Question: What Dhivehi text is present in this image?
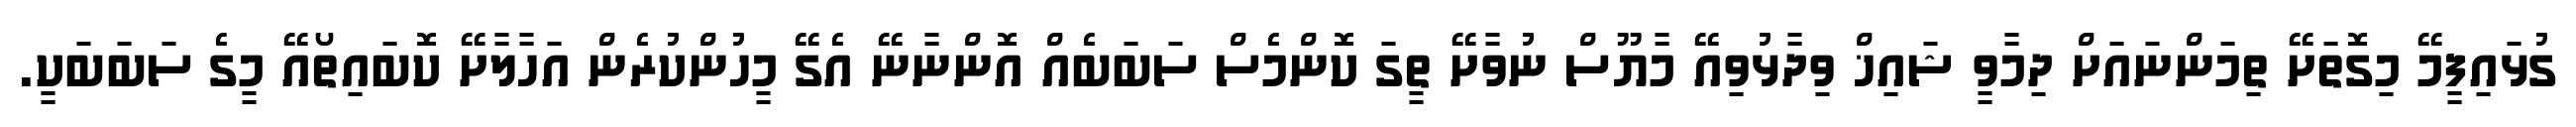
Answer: ގުޅައިފީމޭ މިގޮތަށޭ ތިމަންނައަށް ދިމާވީ ޝައިޚް ވިދާޅުވިއޭ މާޔޫސް ނުވާށޭ ތީގަ ކޮންމެސް ސަބަބެއް އޮންނާނޭ އެގޭ މީހުންކުރެން އަހާލާށޭ ކޮބައިތޯއޭ މީގެ ސަބަބަކީ.